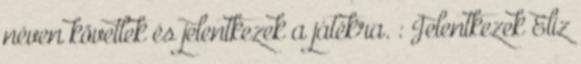
néven követlek és jelentkezek a játékra. : Jelentkezek Elíz